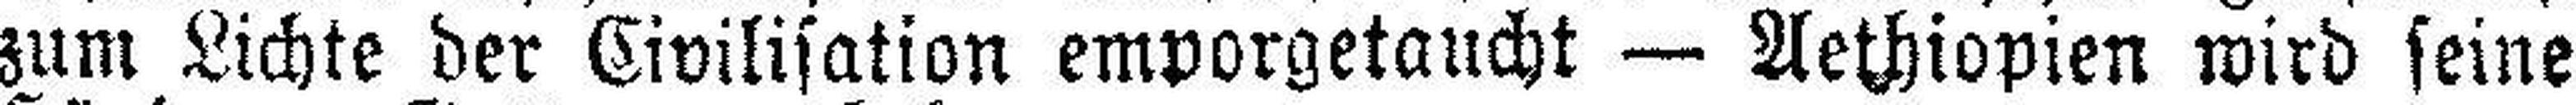
zum Lichte der Civilisation emporgetaucht — Aethiopien wird seine